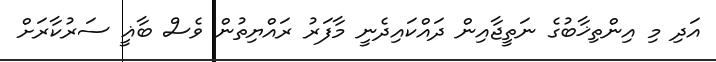
އަދި މި އިންތިޚާބުގެ ނަތީޖާއިން ދައްކައިދެނީ މާފަރު ރައްޔިތުން ވެސް ބާޣީ ސަރުކާރަށް